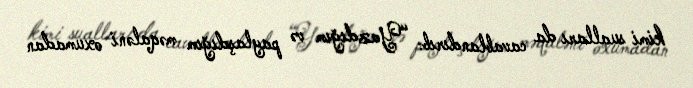
kimi sualları da cavablandırıb: “Yazdığım və paylaşdığım məqaləni oxumadan